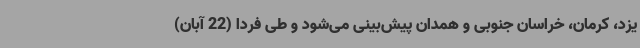
یزد، کرمان، خراسان جنوبی و همدان پیش‌بینی می‌شود و طی فردا (22 آبان)